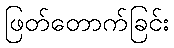
ဖြတ်တောက်ခြင်း